Vital statistics of India. Vol. IV, Annual returns from 1871 to 1876. British Army of India, Native Army and jails of Bengal
Year: 1871
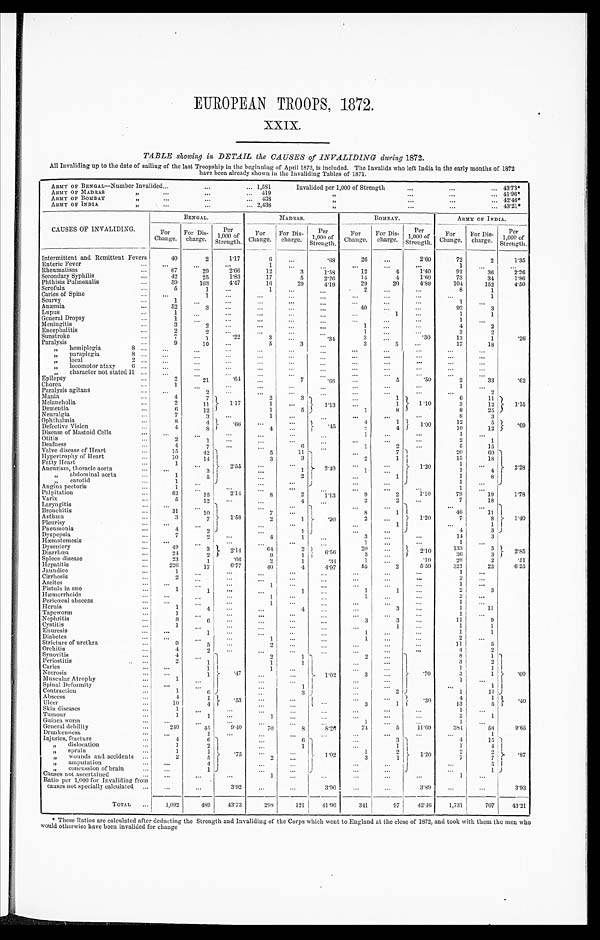
EUROPEAN TROOPS, 1872.
XXIX.
TABLE showing in DETAIL the CAUSES of INVALIDING during 1872.
All Invaliding up to the date of sailing of the last Troopship in the beginning of April 1873, is included. The Invalids who left India in the early months of 1872
have been already shown in the Invaliding Tables of 1871.
ARMY OF BENGAL—Number Invalided ...
...
... 1,581
Invalided per 1,000 of Strength
...
...
... 43.73*
ARMY OF MADRAS
„
... ... ...
419
„
...
. . . . . . 41.96*
ARMY OF BOMBAY
„
...
...
... 438
„
... ... ...
42.46*
ARMY OF INDIA
„
...
...
... 2,438 „
...
...
... 43.21*
CAUSES OF INVALIDING.
BENGAL.
MADRAS.
BOMBAY.
ARMY OF INDIA.
For
Change.
For Dis-
charge.
Per
1,000 of
Strength.
For
Change.
For Dis-
charge.
Per 1,000 of
Strength.
For
Change.
For Dis-
charge.
Per
1,000 of
Strength.
For
Change.
For Dis-
charge.
Per
1,000 of
Strength.
Intermittent and Remittent Fevers
40
2
1.17
6
...
.68
26
...
2.60
72
2
1.35
Enteric Fever
...
...
...
...
1
...
...
...
...
...
1
...
...
Rheumatism
...
67
29
2.66
12
3
1.58
12
4
1.40
91
36
2.26
Secondary Syphilis
...
42
25
1.83
17
5
2.26
14
4
1.60
73
34
1.86
Phthisis Pulmonalis
...
59
103
4.47
16
29
4.19
29
20
4.89
104
152
4.50
Scrofula
...
5
1
...
1
...
...
2
...
...
8
1
Caries of Spine
...
...
1
...
...
...
...
...
...
...
...
1
Scurvy
...
1
...
...
...
...
...
...
...
...
1
...
Anæmia
...
52
3 ...
...
...
...
40 ...
...
92
3
Lupus ...
1
...
...
...
...
...
...
1
...
1
1
General Dropsy ...
1
...
...
...
...
...
...
...
...
1 ...
Meningitis
...
3
2
... ...
...
...
1
...
...
4
2
Encephalitis
...
2
2 ...
...
...
...
1 ...
...
3
2
Sunstroke
...
7 1
.22
3
...
.34
3
...
.30
13
1
.26
Paralysis ...
9
10
...
5
3
...
3
5
...
17
18
„
hemiplegia
8 ...
...
...
...
...
...
...
...
...
...
...
...
„
paraplegia 8 ...
...
...
... ...
...
...
...
...
...
...
...
„ l o c a l 2 . . .
...
...
...
...
...
...
...
...
...
...
...
„ locomotor ataxy
6 ...
...
...
...
...
...
...
...
...
...
...
...
„ character not stated 11 ...
...
...
...
...
...
...
...
...
...
... ...
Epilepsy
...
2
21
.64
...
7
. 6 8
...
5
.50
2
33
.62
Chorea ...
1
...
...
...
...
...
...
...
...
1
...
Paralysis agitans
...
...
2
...
...
...
...
...
...
...
...
2
Mania ...
4
7
2
3 1.13
1
1.10
6
11 1.15
Melancholia
...
2
11
1.17
1
...
1
3
12
Dementia
...
6
12
1
5
1
8
8
25
Neuralgia
...
7
3
...
1
...
...
1
...
...
8
3
Ophthalmia
...
8
4
.66
...
...
.45
4
1 1.00
12
5 .69
Defective Vision ...
4
8
4
...
2
4
10
12
Disease of Mastoid Cells
...
...
...
...
...
...
1 ...
...
1
...
Otitis ...
2
1
... ...
... ...
...
...
...
2
1
Deafness ...
4
7
... ...
6
...
1
2
...
5
15
Valve disease of Heart ...
15
42
5
11
...
7 1 . 2 0
20
60
2.28
Hypertrophy of Heart ...
10
14
3
3 2.49
2
1
15
18
Fatty Heart
...
1 ...
2.55 ...
...
... ...
1
...
Aneurism, thoracic aorta
...
...
3
...
1
1
...
1
4
„
abdominal aorta
...
1
5
...
2
...
1
1
8
„
carotid
...
1 ...
...
...
... ...
1 ...
Angina pectoris ...
1
...
...
...
... ...
...
...
...
1
...
Palpitation ...
62
15
2.14
8
2
1 . 1 3
9
2
1.10
79
19
1.78
Varix ...
5
12
... ...
4 ...
2
2
...
7
18
Laryngitis ...
... ...
1.58
...
...
... ...
1.20
...
...
1.40
Bronchitis
...
31
10
7
7
...
.90
8
1
46
11
Asthma
...
3
7
2
1
2
..
7
8
Pleurisy
...
... ...
...
...
...
1
...
1
Pneumonia
...
4
2
...
1
...
...
4
3
D y s p e p s i a . . . 7
2
...
4
1
3 ...
...
14
3
Hæmatemesis
...
... ...
...
...
...
...
1
... ...
1
...
Dysentery
...
49
3
2.14
64
2
6.56
20 ...
2.10
133
5
2.85
Diarrhœa ...
24
2
9
1
3
...
36
3
Spleen disease ...
23
1
.66
2
1
.34
1 ...
.10
26
2
.51
Hepatitis
...
226
17
6.77
40
4
4.97
55
2
5.59
321
23
6.25
Jaundice
...
1
...
...
... ...
...
...
...
...
1
...
Cirrhosis
...
2
...
...
...
...
...
... ...
...
2 ...
Ascites
...
...
...
...
1 ...
...
...
...
...
1
...
Fistula in ano
...
1
1 ...
...
1
...
1 1
...
2
3
Hæmorrhoids
...
... ...
...
1
... ...
1
...
...
2
...
Pericœcal abscess
... ...
...
...
1
...
...
...
...
...
1 ...
Hernia
...
1 4
...
...
4 ...
...
3
...
1
11
Tapeworm
... 1
... ...
...
...
...
...
...
...
1 ...
Nephritis ...
8
6 ...
...
...
...
3
3 ...
11
9
Cystitis
...
1
... ...
... ...
...
...
1
...
1
1
Enuresis ...
...
1
...
... ...
... ...
1
... ...
1
1
Diabetes
... ...
...
...
1
...
...
1
... ...
2
...
Stricture of urethra
...
9
5
...
2
... ...
...
...
...
11
5
Orchitis
...
4 2
...
...
...
...
... ...
...
4
2
Synovitis
...
4 ...
.47
2
1
1.02
2
...
.70
8
1 .60
Periostitis
...
2
1
1
1
...
...
3
2
Caries
...
...
1
1 ...
...
...
1
1
Necrosis ...
...
1
...
...
3
...
3
1
Muscular Atrophy
... 1
...
...
...
...
...
1
...
Spinal Deformity
... ...
...
...
1
...
...
...
1
Contraction
...
1
6
...
3
...
2
1
11
Abscess ...
4 1
.53
...
...
...
...
...
.30
4
1 .40
U l c e r . . .
10
4
...
...
3
1
13
5
Skin diseases
...
1
...
...
...
...
...
...
...
...
1 ...
Tumour
...
1
1
...
1 ...
...
...
...
...
2
1
Guinea worm
...
...
... ...
...
...
...
1 ...
...
1 ...
General debility
...
240
45
9.40
70
8
8.26
74
5
11.69
384
58
9.65
Drunkenness
...
...
1
...
...
...
...
...
...
...
...
1
Injuries, fracture ...
4
6 .75
...
6 1.02
...
3 1.20
4
15 .87
„
dislocation
...
1
2
...
1
...
1
1
4
„
sprain ...
1
1
...
...
1
2
2 2
„
wounds and accidents ...
2
5
2
...
3
1
7
7
„
amputation
...
...
4
... ...
...
...
...
5
„
concussion of brain
... ...
1
... ...
...
...
...
1
Causes not ascertained
...
...
...
...
1
... ...
... ...
...
1
...
Ratio per 1,000 for Invaliding from causes not specially calculated ... ...
...
3.92
... ...
3.96 ...
...
3.89
...
...
3.93
TOTAL
...
1,092
489
43.73
298
121 41.96
341
97
42.46
1,731
70743.21
* These Ratios are calculated after deducting the Strength and Invaliding of the Corps which went to England at the close of 1872, and took with them the men who
would otherwise have been invalided for change